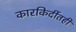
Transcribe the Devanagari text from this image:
कारकिर्दीतही